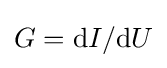
G=\mathrm {d} I/\mathrm {d} U